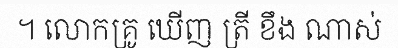
។ លោកគ្រូ ឃើញ ត្រី ខឹង ណាស់